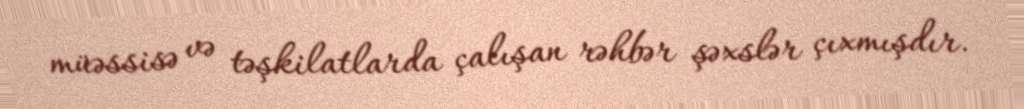
müəssisə və təşkilatlarda çalışan rəhbər şəxslər çıxmışdır.